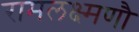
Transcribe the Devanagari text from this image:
रामलक्ष्मणौ